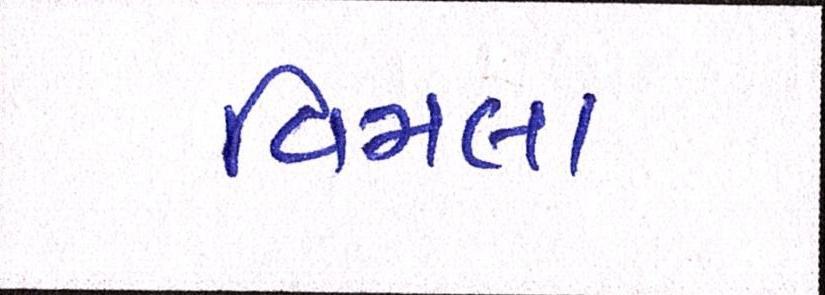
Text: વિમલા